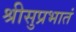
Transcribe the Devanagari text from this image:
श्रीसुप्रभातं